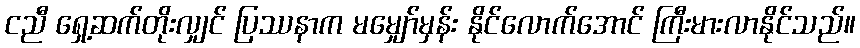
ငညီ ရှေ့ဆက်တိုးလျှင် ပြဿနာက မမျှော်မှန်း နိုင်လောက်အောင် ကြီးမားလာနိုင်သည်။